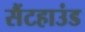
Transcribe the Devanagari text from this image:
सैंटहाउंड